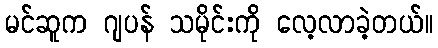
မင်ဆူက ဂျပန် သမိုင်းကို လေ့လာခဲ့တယ်။